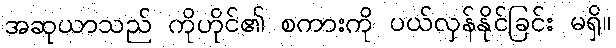
အဆုယာသည် ကိုဟိုင်၏ စကားကို ပယ်လှန်နိုင်ခြင်း မရှိ။